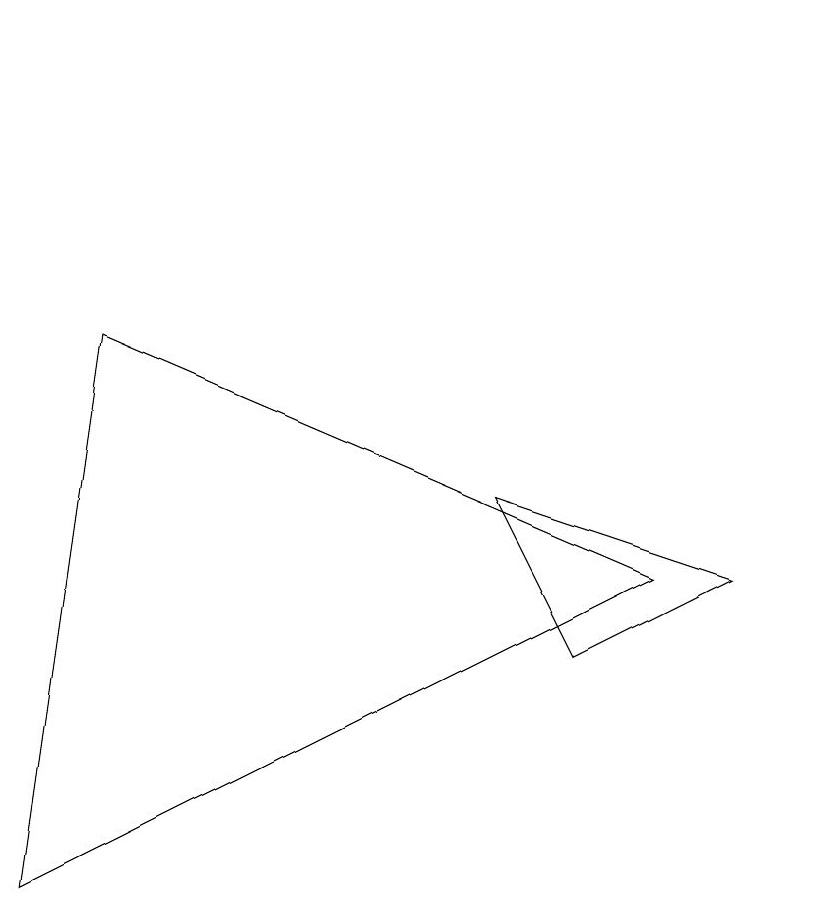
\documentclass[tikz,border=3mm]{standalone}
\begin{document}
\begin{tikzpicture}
\draw (1,7) -- (8,4) -- (0,0) -- cycle;
\draw (10,11) circle (0);
\draw (9,4) -- (6,5) -- (7,3) -- cycle;
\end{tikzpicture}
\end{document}